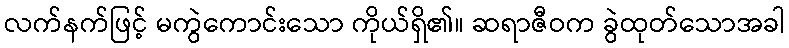
လက်နက်ဖြင့် မကွဲကောင်းသော ကိုယ်ရှိ၏။ ဆရာဇီဝက ခွဲထုတ်သောအခါ